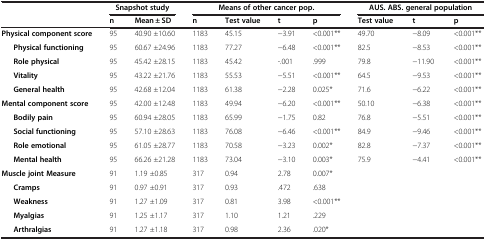
<table><thead><tr><td><b> </b></td><td colspan="2"><b>Snapshot study</b></td><td colspan="4"><b>Means of other cancer pop.</b></td><td colspan="3"><b>AUS. ABS. general population</b></td></tr><tr><td><b> </b></td><td><b>n</b></td><td><b>Mean ± SD</b></td><td><b>n</b></td><td><b>Test value</b></td><td><b>t</b></td><td><b>p</b></td><td><b>Test value</b></td><td><b>t</b></td><td><b>p</b></td></tr></thead><tbody><tr><td><b>Physical component score</b></td><td>95</td><td>40.90 ±10.60</td><td>1183</td><td>45.15</td><td>−3.91</td><td>&lt;0.001**</td><td>49.70</td><td>−8.09</td><td>&lt;0.001**</td></tr><tr><td><b>Physical functioning</b></td><td>95</td><td>60.67 ±24.96</td><td>1183</td><td>77.27</td><td>−6.48</td><td>&lt;0.001**</td><td>82.5</td><td>−8.53</td><td>&lt;0.001**</td></tr><tr><td><b>Role physical</b></td><td>95</td><td>45.42 ±28.15</td><td>1183</td><td>45.42</td><td>-.001</td><td>.999</td><td>79.8</td><td>−11.90</td><td>&lt;0.001**</td></tr><tr><td><b>Vitality</b></td><td>95</td><td>43.22 ±21.76</td><td>1183</td><td>55.53</td><td>−5.51</td><td>&lt;0.001**</td><td>64.5</td><td>−9.53</td><td>&lt;0.001**</td></tr><tr><td><b>General health</b></td><td>95</td><td>42.68 ±12.04</td><td>1183</td><td>61.38</td><td>−2.28</td><td>0.025*</td><td>71.6</td><td>−6.22</td><td>&lt;0.001**</td></tr><tr><td><b>Mental component score</b></td><td>95</td><td>42.00 ±12.48</td><td>1183</td><td>49.94</td><td>−6.20</td><td>&lt;0.001**</td><td>50.10</td><td>−6.38</td><td>&lt;0.001**</td></tr><tr><td><b>Bodily pain</b></td><td>95</td><td>60.94 ±28.05</td><td>1183</td><td>65.99</td><td>−1.75</td><td>0.82</td><td>76.8</td><td>−5.51</td><td>&lt;0.001**</td></tr><tr><td><b>Social functioning</b></td><td>95</td><td>57.10 ±28.63</td><td>1183</td><td>76.08</td><td>−6.46</td><td>&lt;0.001**</td><td>84.9</td><td>−9.46</td><td>&lt;0.001**</td></tr><tr><td><b>Role emotional</b></td><td>95</td><td>61.05 ±28.77</td><td>1183</td><td>70.58</td><td>−3.23</td><td>0.002*</td><td>82.8</td><td>−7.37</td><td>&lt;0.001**</td></tr><tr><td><b>Mental health</b></td><td>95</td><td>66.26 ±21.28</td><td>1183</td><td>73.04</td><td>−3.10</td><td>0.003*</td><td>75.9</td><td>−4.41</td><td>&lt;0.001**</td></tr><tr><td><b>Muscle joint Measure</b></td><td>91</td><td>1.19 ±0.85</td><td>317</td><td>0.94</td><td>2.78</td><td>0.007*</td><td> </td><td> </td><td> </td></tr><tr><td><b>Cramps</b></td><td>91</td><td>0.97 ±0.91</td><td>317</td><td>0.93</td><td>.472</td><td>.638</td><td> </td><td> </td><td> </td></tr><tr><td><b>Weakness</b></td><td>91</td><td>1.27 ±1.09</td><td>317</td><td>0.81</td><td>3.98</td><td>&lt;0.001**</td><td> </td><td> </td><td> </td></tr><tr><td><b>Myalgias</b></td><td>91</td><td>1.25 ±1.17</td><td>317</td><td>1.10</td><td>1.21</td><td>.229</td><td> </td><td> </td><td> </td></tr><tr><td><b>Arthralgias</b></td><td>91</td><td>1.27 ±1.18</td><td>317</td><td>0.98</td><td>2.36</td><td>.020*</td><td> </td><td> </td><td> </td></tr></tbody></table>